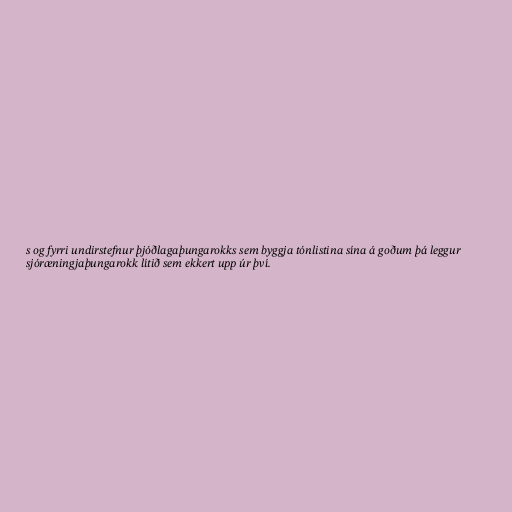
s og fyrri undirstefnur þjóðlagaþungarokks sem byggja tónlistina sína á goðum þá leggur
sjóræningjaþungarokk lítið sem ekkert upp úr því.